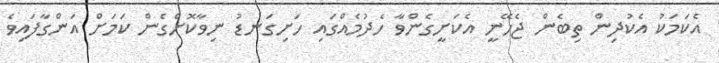
އެކަމަކު އެކުދިން ތިބެން ޖެހޭނީ އެކަށީގެންވާ ހެދުމެއްގައި ހަށިގަނޑު ނިވާކޮށްގެން ކަމަށް އަންގާފައިވެ